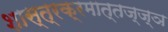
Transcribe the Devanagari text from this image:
शास्त्रक्रमात्तज्ज्ञ